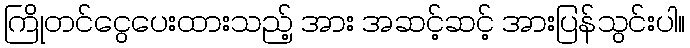
ကြိုတင်ငွေပေးထားသည့် အား အဆင့်ဆင့် အားပြန်သွင်းပါ။